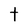
Character: t